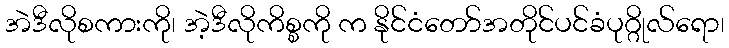
အဲဒီလိုစကားကို၊ အဲ့ဒီလိုကိစ္စကို က နိုင်ငံတော်အတိုင်ပင်ခံပုဂ္ဂိုလ်ရော၊